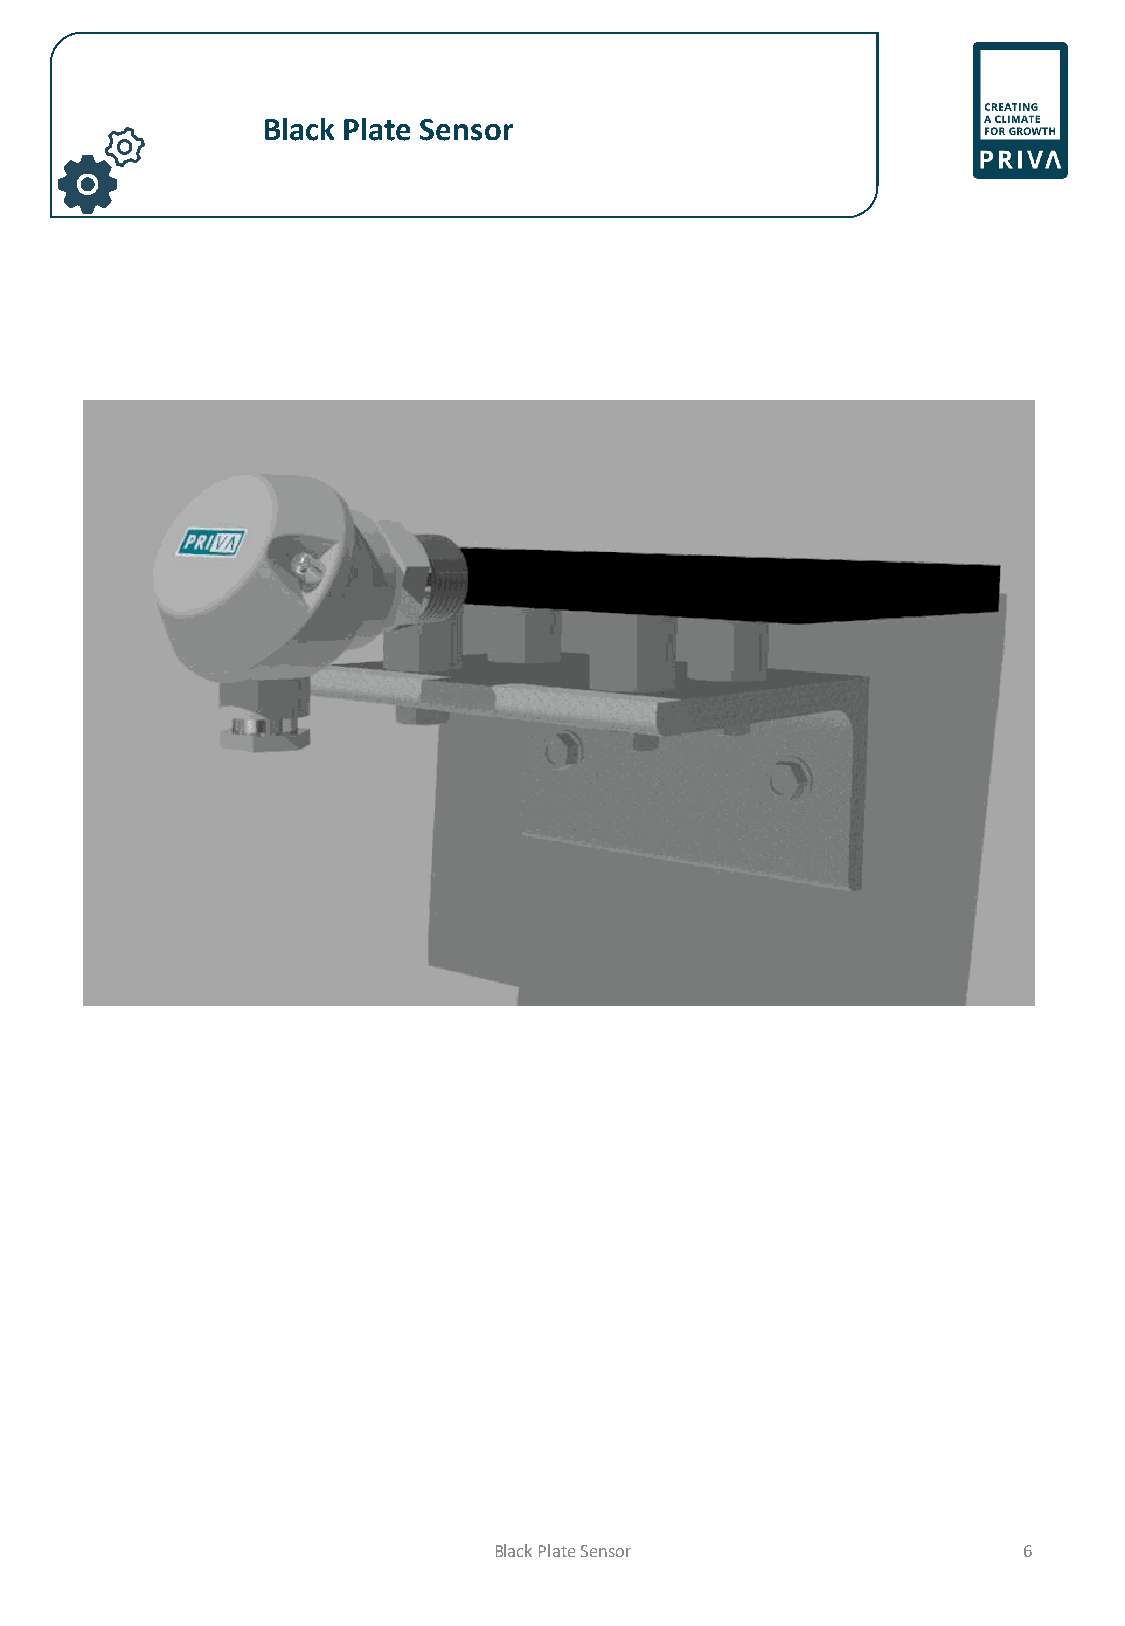
Black Plate Sensor
 Black Plate Sensor                 6